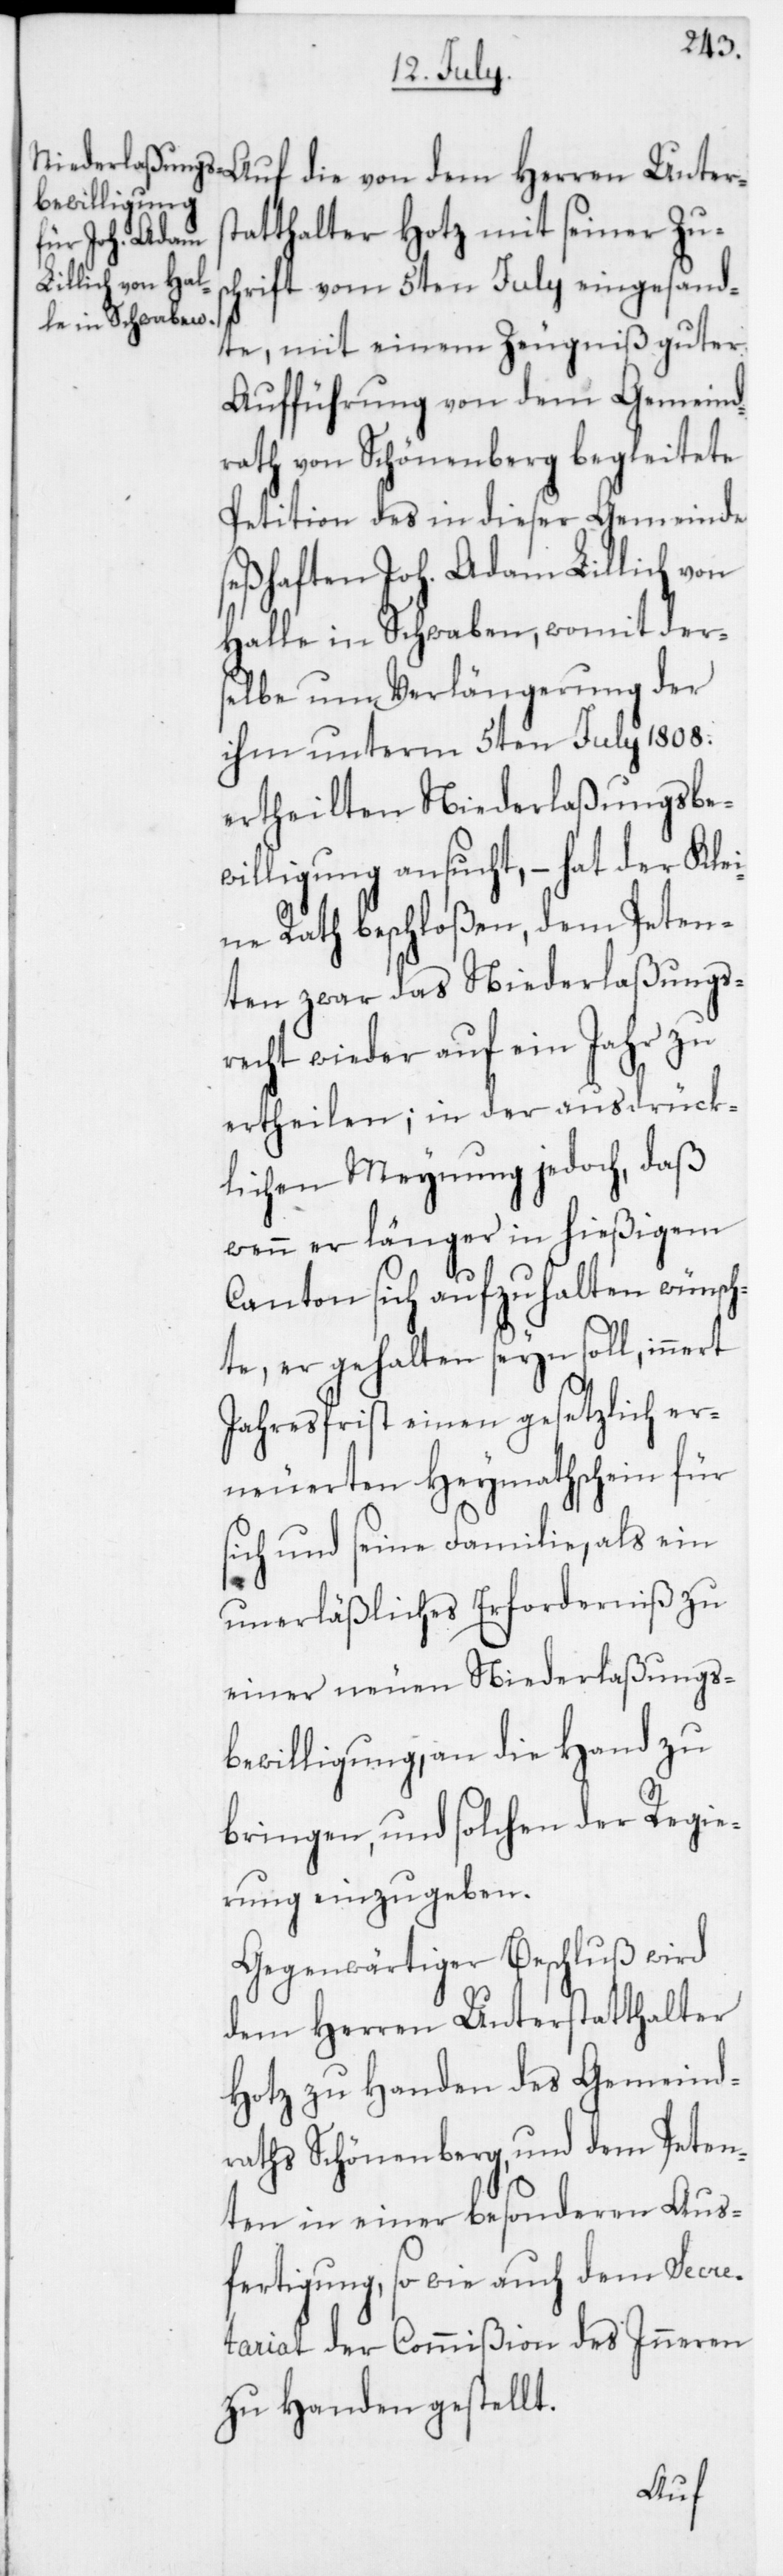
chrift vom 5ten July eingesand¬
te, mit einem Zeugniß guter
Aufführung von dem Gemeind¬
rath von Schönenberg begleitete
Petition des in dieser Gemeinde
seßhaften Joh. Adam Lillich von
Halle in Schwaben, womit ders¬
elbe um Verlängerung der
ihm unterm 5ten July 1808.
ertheilten Niederlaßungsbe¬
willigung ansucht, – hat der Klei¬
ne Rath beschloßen, dem Peten¬
ten zwar das Niederlaßungs¬
recht wieder auf ein Jahr zu
ertheilen; in der ausdrück¬
lichen Meynung jedoch, daß
wenn er länger in hießigem
Canton sich aufzuhalten wünsch¬
te, er gehalten seyn soll, inne¬
Jahresfrist einen gesetzlich er¬
neuerten Heymathschein für
sich und seine Familie, als ein
unerläßliches Erforderniß zu
einer neuen Niederlaßungs¬
bewilligung, an die Hand zu
bringen, und solchen der Regie¬
rung einzugeben.
Gegenwärtiger Beschluß wird
dem Herren Unterstatthalter
Hotz zu Handen des Gemeind¬
raths Schönenberg, und dem Peten¬
ten in einer besonderen Aus¬
fertigung, sowie auch dem Secre¬
tariat der Commißion des Inneren
zu Handen gestellt.
rt